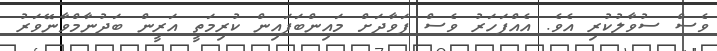
ވެސް ސުވާލުކުރި އެވެ. އެއްފަހަރު ވެސް ފަވާދަށް މައިންބަފައިން ކުރިމަތީ އަރީން ބަދުނާމްވާނޭވަރު